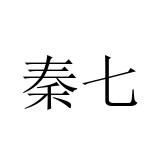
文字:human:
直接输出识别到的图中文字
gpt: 秦七